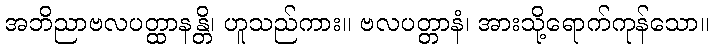
အဘိညာဗလပတ္ထာနန္တိ၊ ဟူသည်ကား။ ဗလပတ္တာနံ၊ အားသို့ရောက်ကုန်သော။